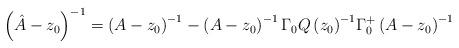
LaTeX: \begin{align*}\left( \hat{A}-z_{0} \right)^{-1}=\left( A-z_{0} \right)^{-1}-\left( A-z_{0} \right)^{-1}\Gamma_{0}{Q\left( z_{0} \right)}^{-1}\Gamma_{0}^{+}\left( A-z_{0} \right)^{-1}\end{align*}